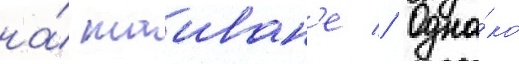
на́ таиван'е // Одна́ко